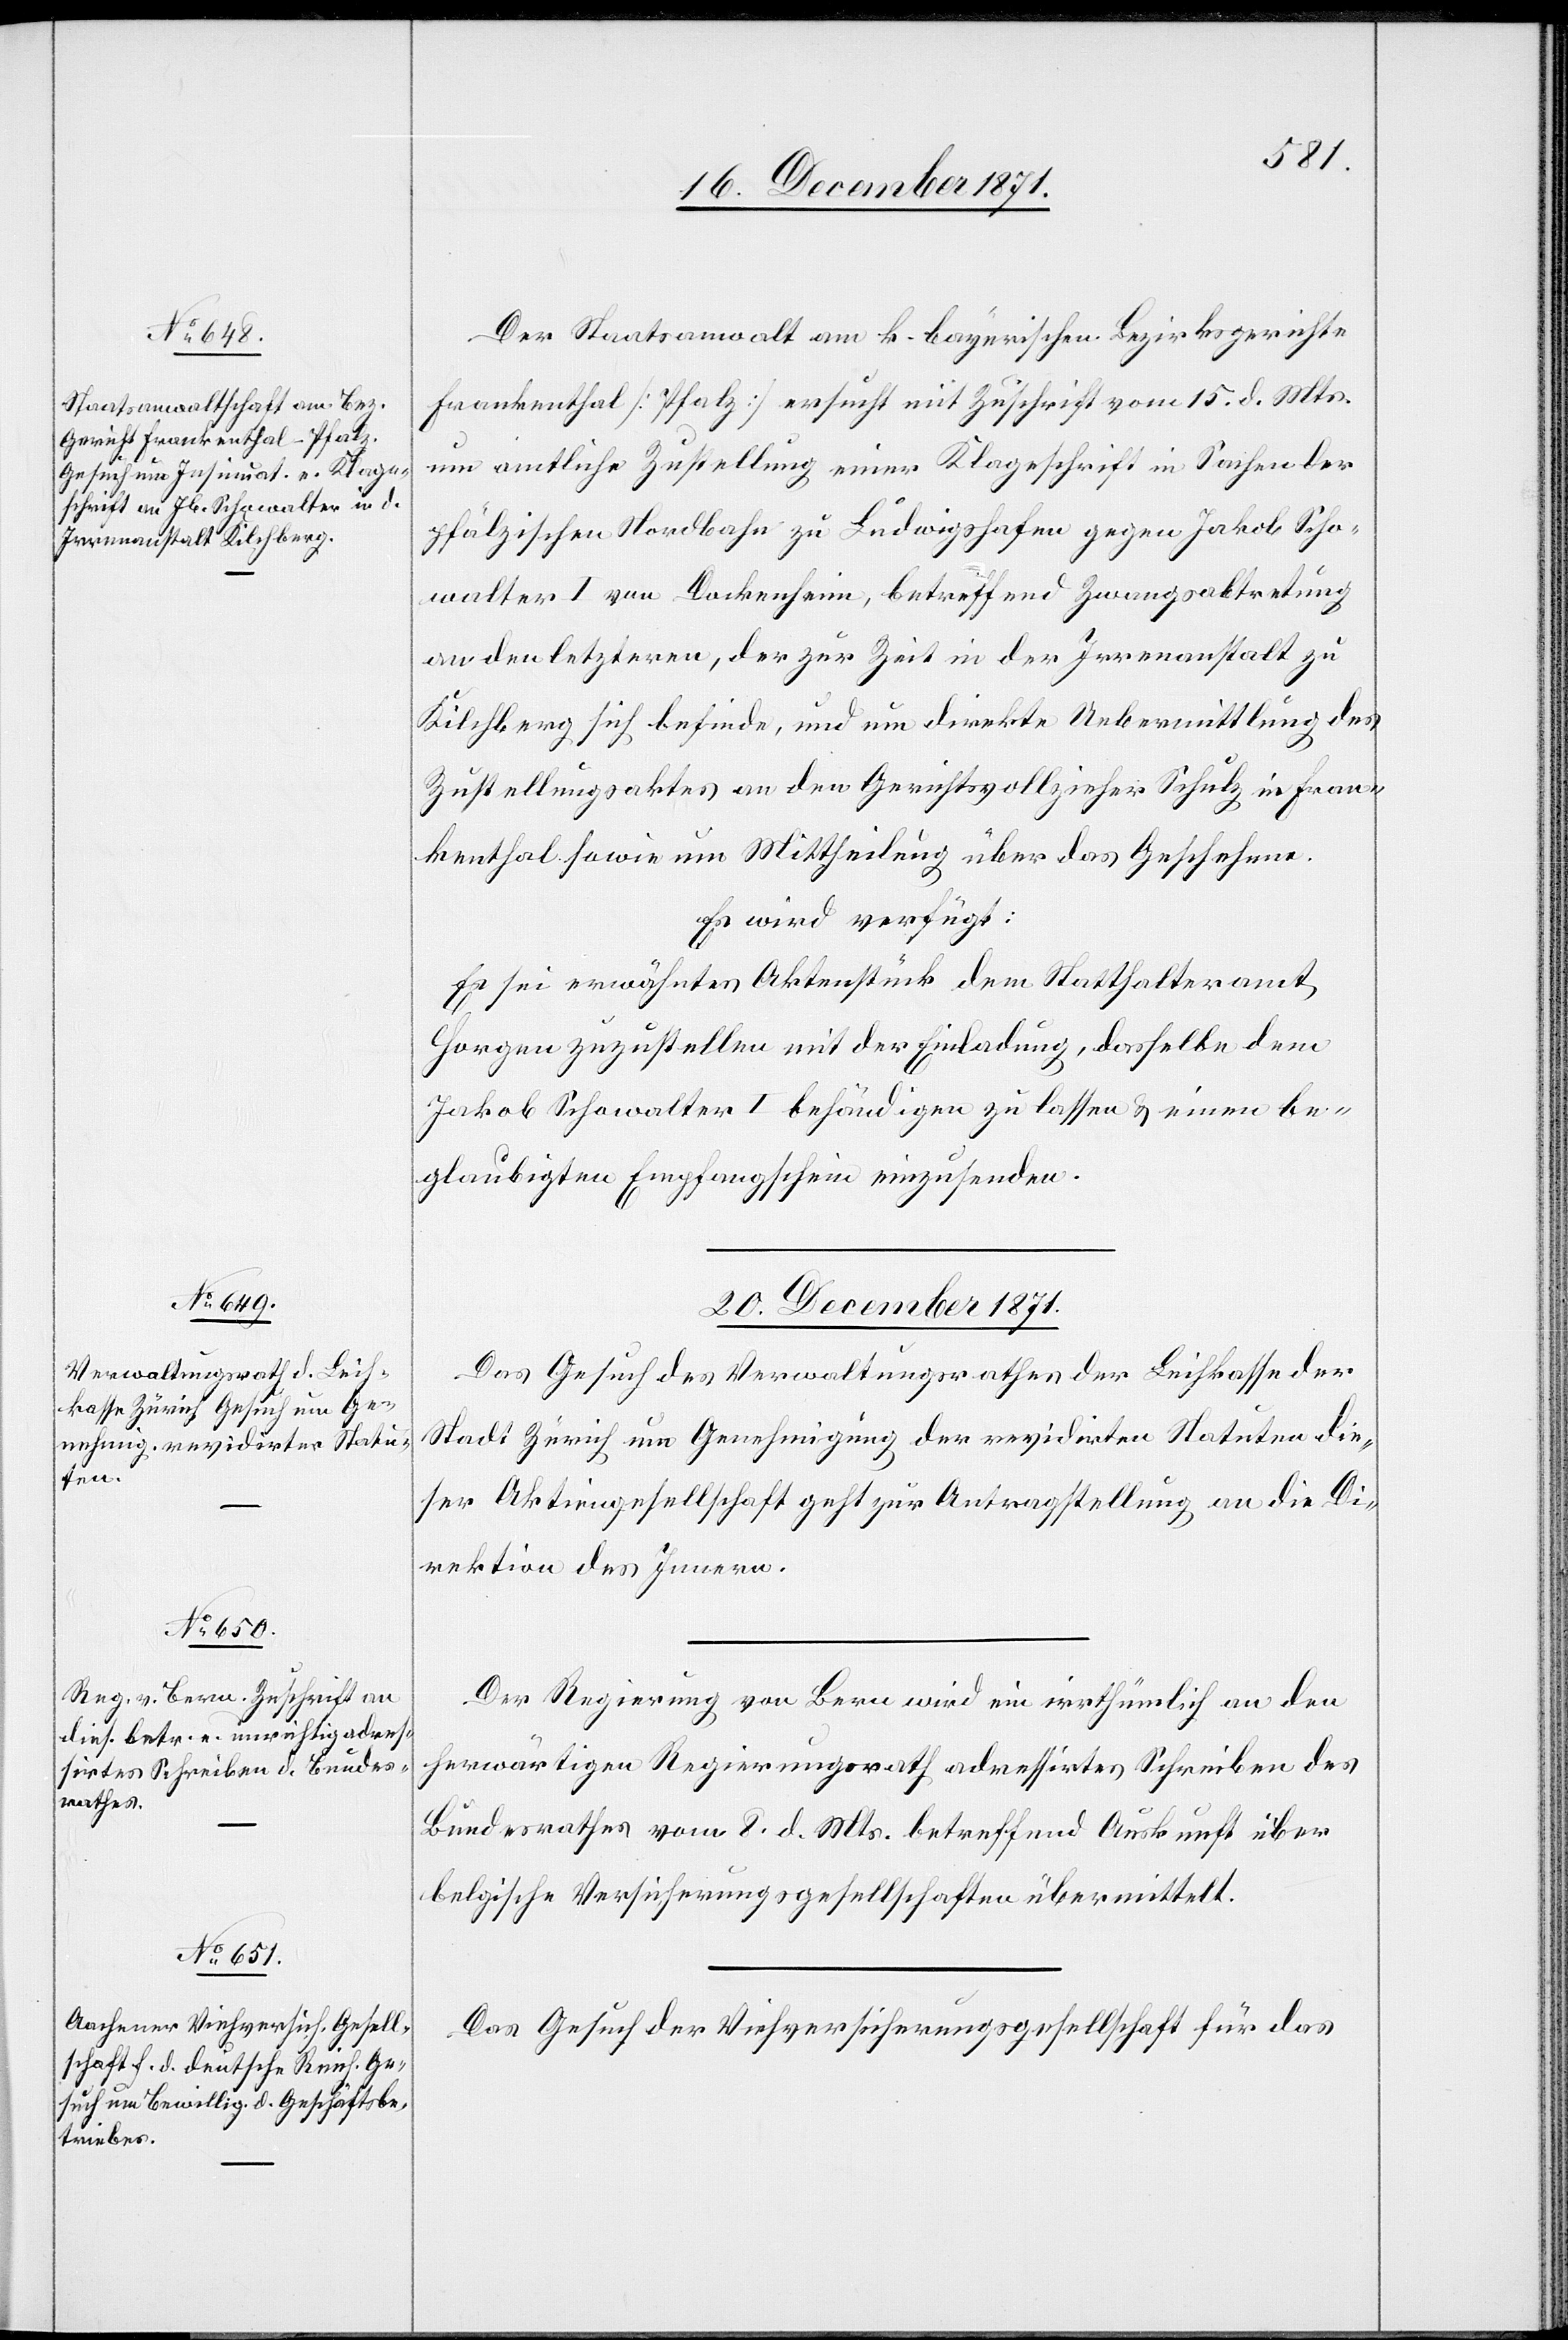
18. December 1871.]
Der Staatsanwalt am k. bayrischen Bezirksgerichte
Frankenthal [Pfalz] ersucht mit Zuschrift vom 15. d. Mts.
um amtliche Zustellung einer Klageschrift in Sachen der
pfälzischen Nordbahn zu Ludwigshafen gegen Jakob Scho¬
walter I von Dockenheim, betreffend Zwangsabtretung
an den letzteren, der zur Zeit in der Irrenanstalt zu
Kilchberg sich befinde, und um direkte Uebermittlung der
Zustellungsakten an den Gerichtsvollzieher Schul in Fran¬
kenthal sowie um Mittheilung über das Geschehen.
Es wird verfügt:
Es sei erwähntes Aktenstück dem Statthalteramt
Horgen zuzustellen mit der Einladung, dasselbe dem
Jakob Schowalter I behändigen zu lassen & einen be¬
glaubigten Empfangschein einzusenden.
20. December 1871.]
Das Gesuch des Verwaltungsrathes der Leihkasse der
Stadt Zürich um Genehmigung der revidirten Statuten die¬
ser Aktiengesellschaft geht zur Antragstellung an die Di¬
rektion des Innern.
Der Regierung von Bern wird ein irrthümlich an den
herwärtigen Regierungsrath adressirtes Schreiben des
Bundesrathes vom 8. d. Mts. betreffend Auskunft über
belgische Versicherungsgesellschaften übermittelt.
Das Gesuch der Viehversicherungsgesellschaft für das